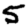
Digit: 5